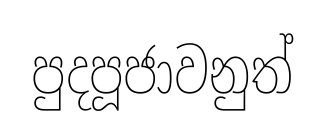
පුදපූජාවනුත්